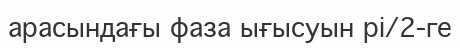
арасындағы фаза ығысуын pi/2-ге